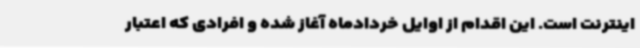
اینترنت است. این اقدام از اوایل خردادماه آغاز شده و افرادی که اعتبار